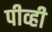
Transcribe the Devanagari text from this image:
पीव्ही